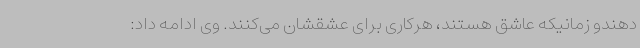
‌دهندو زمانیکه عاشق هستند، هرکاری برای عشقشان می‌کنند. وی ادامه داد: